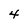
Character: 4